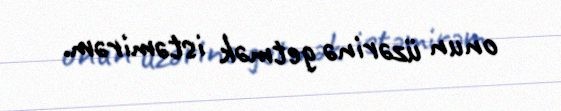
onun üzərinə getmək istəmirəm.